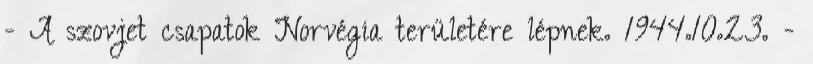
- A szovjet csapatok Norvégia területére lépnek. 1944.10.23. -